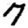
Digit: 7